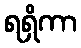
ရရှိကာ